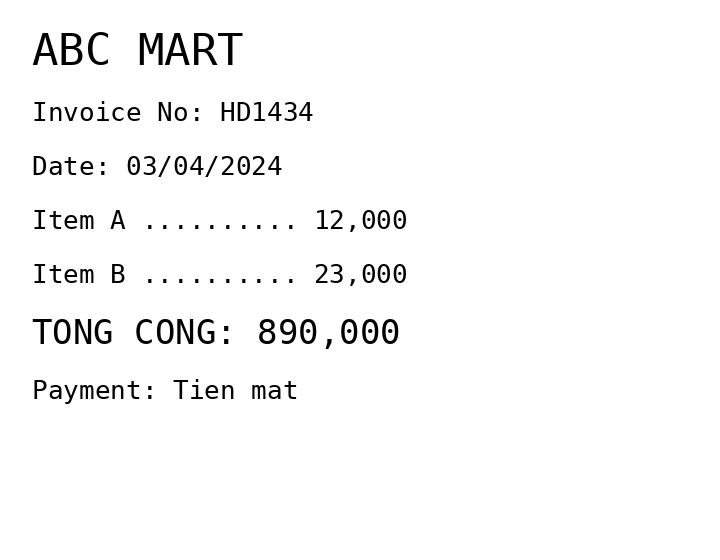
ABC MART
Invoice No: HD1434
Date: 03/04/2024
Item A .......... 12,000
Item B .......... 23,000
TONG CONG: 890,000
Payment: Tien mat
Merchant: abc mart
Date: 2024-04-03
Total: 890000
Invoice No: HD1434
Payment method: CASH